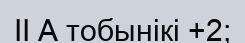
II А тобынікі +2;